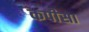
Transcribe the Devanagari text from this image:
कपीसा